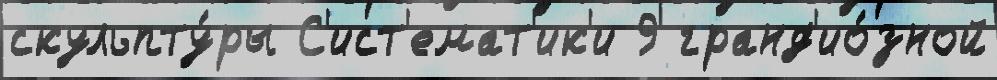
скульпту́ры С'ист'емат'ик'и 9 гранд'ио́зной